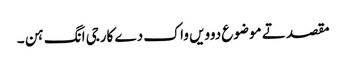
مقصد تے موضوع دوویں واک دے کارجی انگ ہن ۔